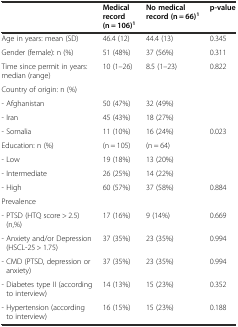
<table><thead><tr><td></td><td><b>Medical record (n = 106)<sup>1</sup></b></td><td><b>No medical record (n = 66)<sup>1</sup></b></td><td><b>p-value</b></td></tr></thead><tbody><tr><td>Age in years: mean (SD)</td><td>46.4 (12)</td><td>44.4 (13)</td><td>0.345</td></tr><tr><td>Gender (female): n (%)</td><td>51 (48%)</td><td>37 (56%)</td><td>0.311</td></tr><tr><td>Time since permit in years: median (range)</td><td>10 (1–26)</td><td>8.5 (1–23)</td><td>0.822</td></tr><tr><td>Country of origin: n (%)</td><td></td><td></td><td rowspan="3"></td></tr><tr><td>- Afghanistan</td><td>50 (47%)</td><td>32 (49%)</td></tr><tr><td>- Iran</td><td>45 (43%)</td><td>18 (27%)</td></tr><tr><td>- Somalia</td><td>11 (10%)</td><td>16 (24%)</td><td>0.023</td></tr><tr><td>Education: n (%)</td><td>(n = 105)</td><td>(n = 64)</td><td rowspan="3"></td></tr><tr><td>- Low</td><td>19 (18%)</td><td>13 (20%)</td></tr><tr><td>- Intermediate</td><td>26 (25%)</td><td>14 (22%)</td></tr><tr><td>- High</td><td>60 (57%)</td><td>37 (58%)</td><td>0.884</td></tr><tr><td>Prevalence</td><td></td><td></td><td></td></tr><tr><td>- PTSD (HTQ score &gt; 2.5) (n,%)</td><td>17 (16%)</td><td>9 (14%)</td><td>0.669</td></tr><tr><td>- Anxiety and/or Depression (HSCL-25 &gt; 1.75)</td><td>37 (35%)</td><td>23 (35%)</td><td>0.994</td></tr><tr><td>- CMD (PTSD, depression or anxiety)</td><td>37 (35%)</td><td>23 (35%)</td><td>0.994</td></tr><tr><td>- Diabetes type II (according to interview)</td><td>14 (13%)</td><td>15 (23%)</td><td>0.352</td></tr><tr><td>- Hypertension (according to interview)</td><td>16 (15%)</td><td>15 (23%)</td><td>0.188</td></tr></tbody></table>